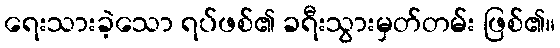
ရေးသားခဲ့သော ရပ်ဖစ်၏ ခရီးသွားမှတ်တမ်း ဖြစ်၏။